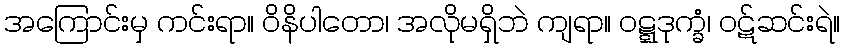
အကြောင်းမှ ကင်းရာ။ ဝိနိပါတော၊ အလိုမရှိဘဲ ကျရာ။ ဝဋ္ဋဒုက္ခံ၊ ဝဋ်ဆင်းရဲ။